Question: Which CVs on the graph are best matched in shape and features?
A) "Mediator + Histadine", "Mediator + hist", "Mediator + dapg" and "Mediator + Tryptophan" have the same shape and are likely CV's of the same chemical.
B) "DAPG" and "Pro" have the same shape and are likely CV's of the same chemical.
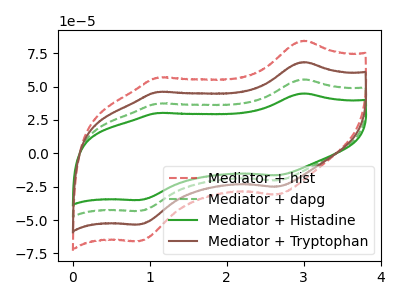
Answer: <think>The red dashed curve "Mediator + hist" has anodic peaks at (3.00V, 166.20uA) (1.10V, 111.85uA) and cathodic peaks at (2.65V, -60.95uA) (0.85V, -129.55uA). The green dashed curve "Mediator + dapg" has anodic peaks at (3.00V, 55.40uA) (1.10V, 37.30uA) and cathodic peaks at (2.65V, -20.30uA) (0.85V, -43.20uA). The green curve "Mediator + Histadine" has anodic peaks at (3.00V, 44.90uA) (1.10V, 30.20uA) and cathodic peaks at (2.65V, -16.45uA) (0.85V, -35.00uA). The brown curve "Mediator + Tryptophan" has anodic peaks at (3.00V, 110.80uA) (1.10V, 74.55uA) and cathodic peaks at (2.65V, -40.65uA) (0.85V, -86.35uA).
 All the peaks in "Mediator + hist" have a peak in "Mediator + dapg" at the same potential. Every peak in "Mediator + hist" is higher than every peak in "Mediator + dapg". All the peaks in "Mediator + hist" have a peak in "Mediator + Histadine" at the same potential. Every peak in "Mediator + hist" is higher than every peak in "Mediator + Histadine". All the peaks in "Mediator + hist" have a peak in "Mediator + Tryptophan" at the same potential. Every peak in "Mediator + hist" is higher than every peak in "Mediator + Tryptophan". All the peaks in "Mediator + dapg" have a peak in "Mediator + Histadine" at the same potential. Every peak in "Mediator + dapg" is higher than every peak in "Mediator + Histadine". All the peaks in "Mediator + dapg" have a peak in "Mediator + Tryptophan" at the same potential. Every peak in "Mediator + dapg" is lower than every peak in "Mediator + Tryptophan". All the peaks in "Mediator + Histadine" have a peak in "Mediator + Tryptophan" at the same potential. Every peak in "Mediator + Histadine" is lower than every peak in "Mediator + Tryptophan".</think>
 <answer>A) "Mediator + Histadine", "Mediator + hist", "Mediator + dapg" and "Mediator + Tryptophan" have the same shape and are likely CV's of the same chemical.</answer>
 <eval>A</eval>